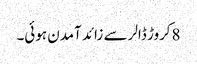
8کروڑ ڈالر سے زائد آمدن ہوئی۔